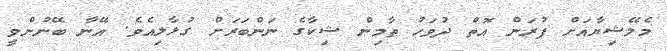
މެލޭޝިޔާއަށް ފުރަން އޮތް ދުވަހު ތާމިން ޝިކާގެ ނަންބަރަށް ގުޅާލިއެވެ. އޭނާ ބޭނުންވީ